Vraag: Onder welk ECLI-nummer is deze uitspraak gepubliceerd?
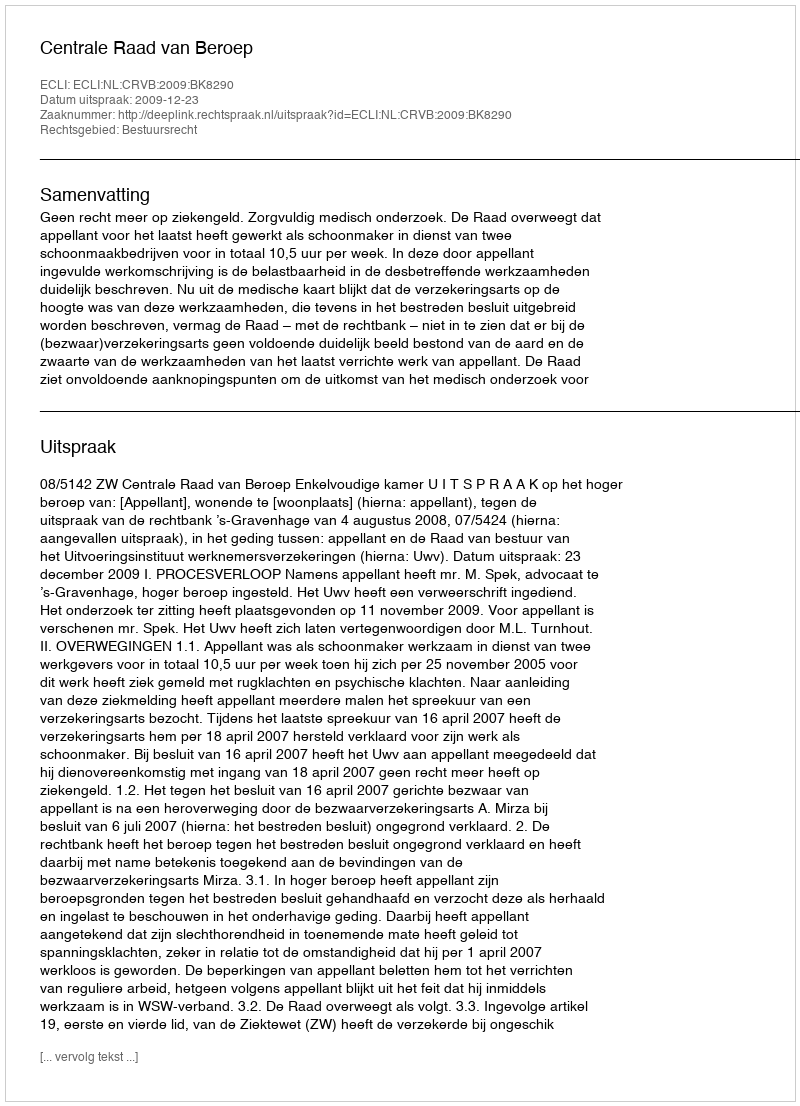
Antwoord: ECLI:NL:CRVB:2009:BK8290